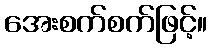
အေးစက်စက်ဖြင့်။